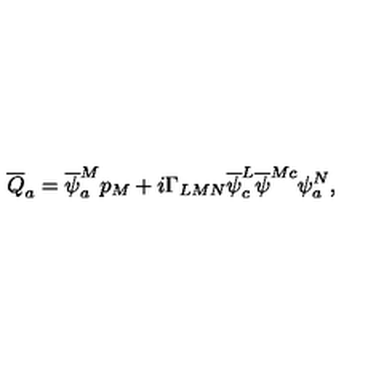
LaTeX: \overline { { Q } } _ { a } = \overline { { \psi } } _ { a } ^ { M } p _ { M } + i \Gamma _ { L M N } \overline { { \psi } } _ { c } ^ { L } \overline { { \psi } } ^ { M c } \psi _ { a } ^ { N } ,